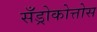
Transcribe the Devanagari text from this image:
सँड्रोकोत्तोस